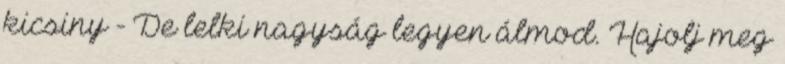
kicsiny - De lelki nagyság legyen álmod. Hajolj meg